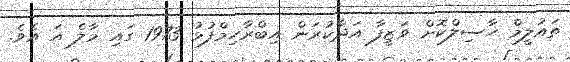
ތައުލީމް ހާސިލްކޮށް ވަޒީފާ އަދާކުރަން އިބްރާހިމްފުޅު 1973 ގައި މާލެ އަ އެވެ.